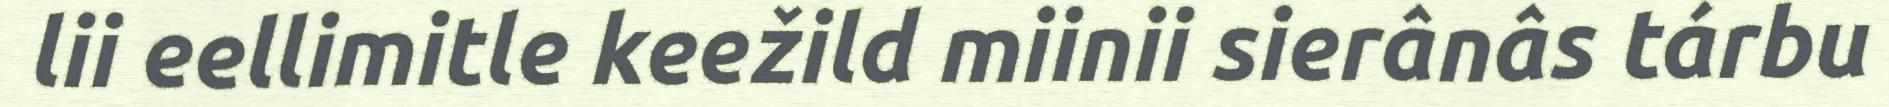
lii eellimitle keežild miinii sierânâs tárbu